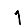
Digit: 1